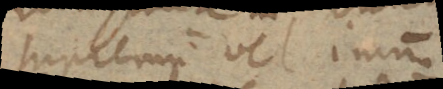
supremum vel imum